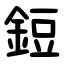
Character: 鋀